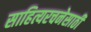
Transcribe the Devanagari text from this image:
साहित्यरचनेसाठी